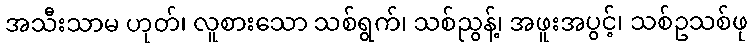
အသီးသာမ ဟုတ်၊ လူစားသော သစ်ရွက်၊ သစ်ညွန့်၊ အဖူးအပွင့်၊ သစ်ဥသစ်ဖု